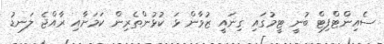
ސެއިންޓްފިޓް ބުނީ ޓީމުގައި ގިނައީ ޒުވާން ޅަ ކުޅުންތެރިން ކަމަށާއި ރާއްޖެ ލަނޑު